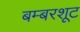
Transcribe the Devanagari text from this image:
बम्बरशूट